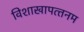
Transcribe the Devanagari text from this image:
विशाखापत्‍तनम